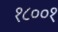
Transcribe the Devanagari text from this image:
१८००१